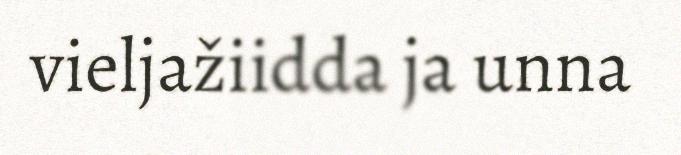
vieljažiidda ja unna